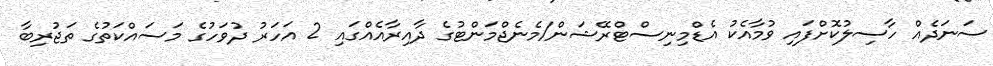
ސަނަދެއް ހާސިލުކޮށްފައި ވުމާއެކު އެޑްމިނިސްޓްރޭޝަން/މެނެޖްމަންޓުގެ ދާއިރާއެއްގައި 2 އަހަރު ދުވަހުގެ މަސައްކަތުގެ ތަޖުރިބާ